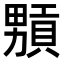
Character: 𤳢